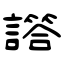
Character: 譗